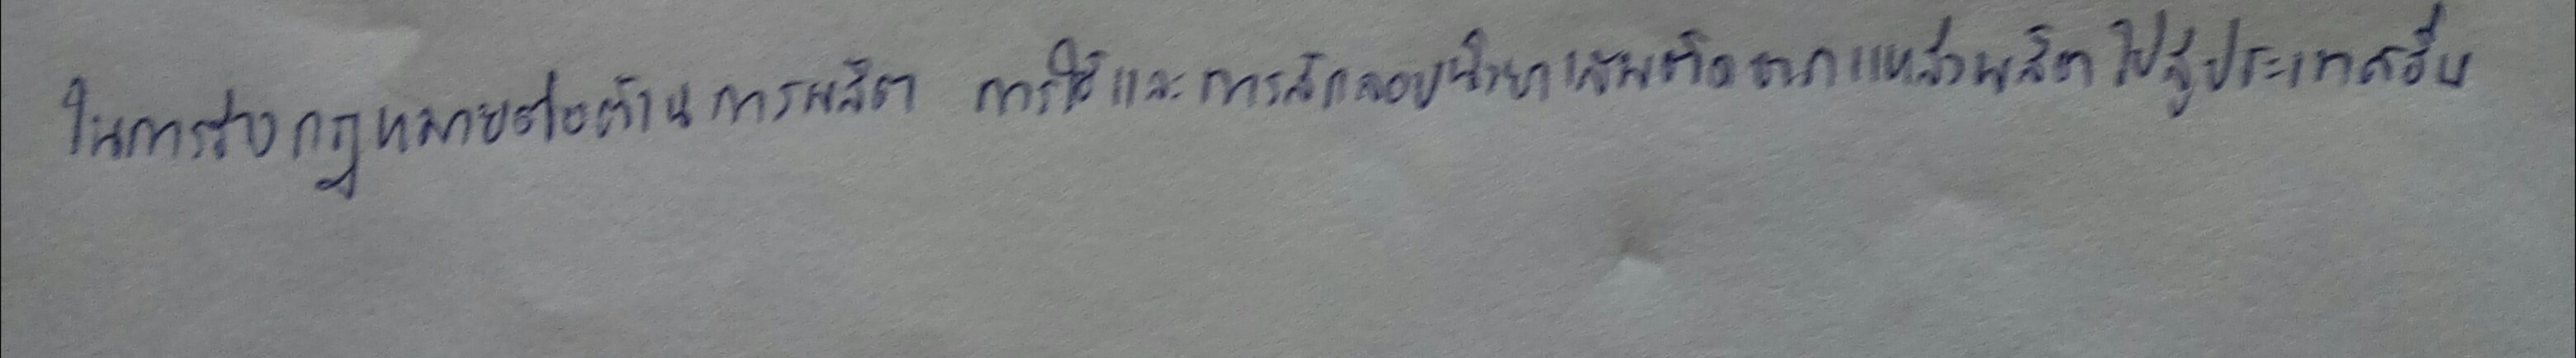
ในการร่างกฎหมายต่อต้านการผลิตการใช้และการลักลอบนำยาเสพติดจากแหล่งผลิตไปสู่ประเทศอื่น